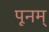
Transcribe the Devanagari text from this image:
पूनम्